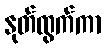
နုတ်ထွက်ကာ